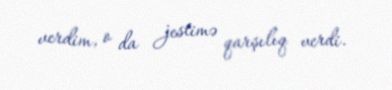
verdim, o da jestimə qarşılıq verdi.